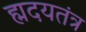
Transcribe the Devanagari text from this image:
ह्मदयतंत्र